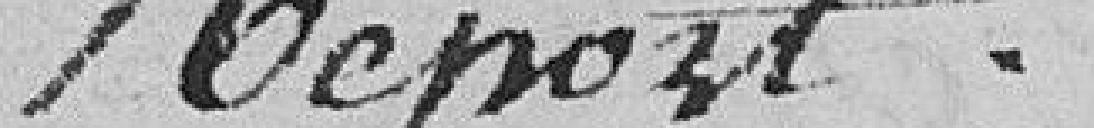
Aspect